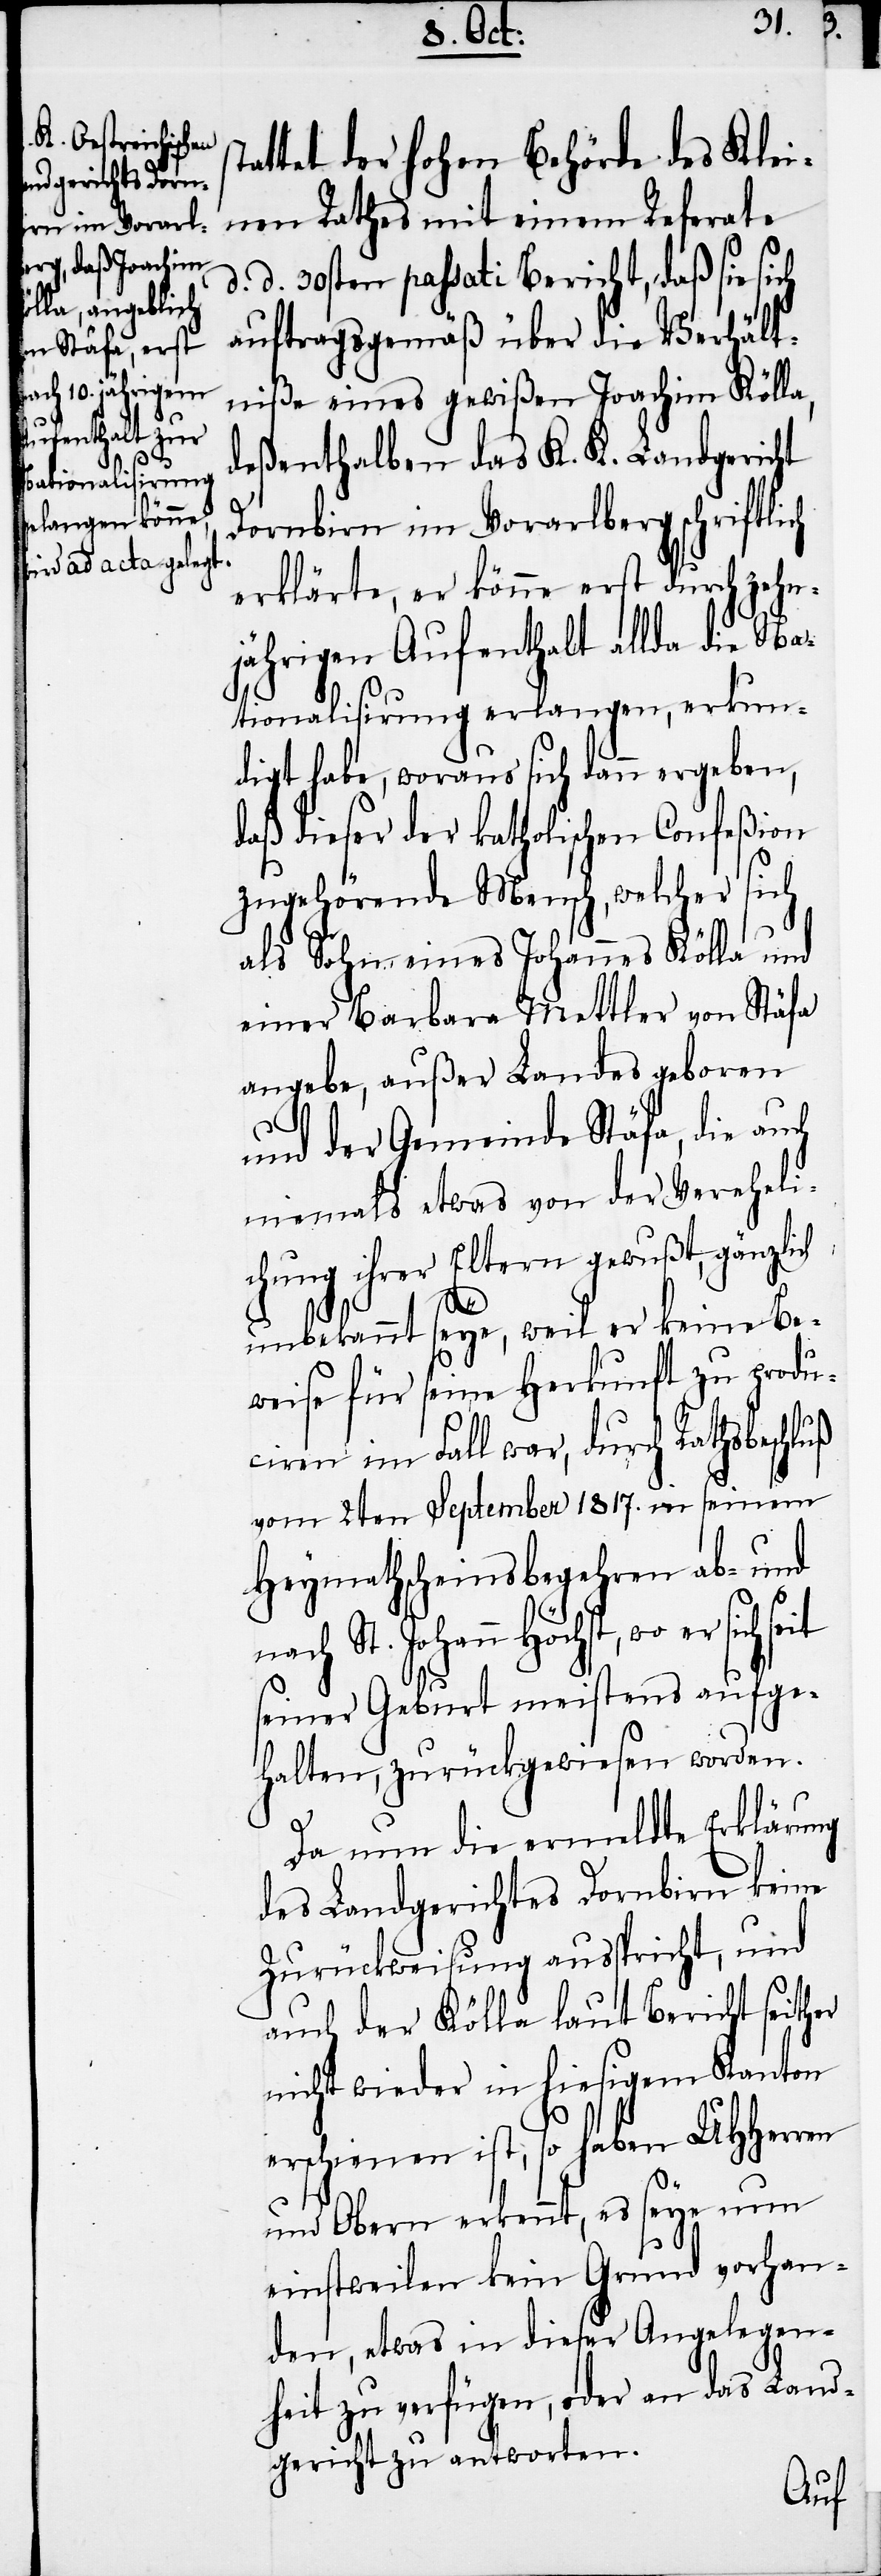
ttet der hohen Behörde des Klei¬
nen Rathes mit einem Referate
d. d. 30sten passati Bericht, daß sie sich
auftragsgemäß über die Verhält¬
niße eines gewißen Joachim Kölla,
deßenthalben das K. K. Landgericht
Dornbirn im Vorarlberg schriftlich
erklärte, er könne erst durch zehn¬
jährigen Aufenthalt allda die Na¬
tionalisirung erlangen, erkun¬
digt habe, woraus sich dann ergeben,
daß dieser der katholischen Confeßion
zugehörende Mensch, welcher sich
als Sohn eines Johannes Kölla und
einer Barbara Mettler von Stäfa
angebe, außer Landes geboren
und der Gemeinde Stäfa, die auch
niemals etwas von der Vereheli¬
chung ihrer Eltern gewußt, gänzlich
Johann
unbekannt seye, weil er keine Be¬
weise für seine Herkunft zu produ¬
ciren im Fall war, durch Rathsbeschluß
vom 2ten September 1817. in seinem
Heymathscheinsbegehren ab- und
Höchst, wo er sich seit
seiner Geburt meistens aufge¬
halten, zurückgewiesen worden.
Da nun die ermeldte Erklärung
des Landgerichtes Dornbirn keine
Zurückweisung ausspricht, und
auch der Kölla laut Bericht seither
nicht wieder in hiesigem Kanton
erschienen ist, so haben UHHerren
und Obern erkennt, es seye nun
einstweilen kein Grund vorhan¬
den, etwas in dieser Angelegen¬
heit zu verfügen, oder an das Land¬
gericht zu antworten.